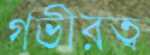
গভীরত্ব